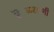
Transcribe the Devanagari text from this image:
बॆळसाणी